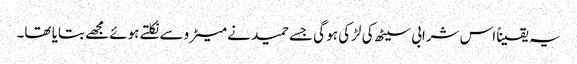
یہ یقیناً اس شرابی سیٹھ کی لڑکی ہو گی جسے حمید نے میٹرو سے نکلتے ہوئے مجھے بتایا تھا۔